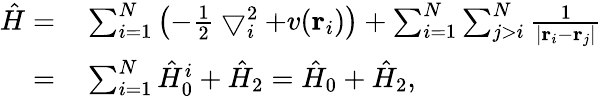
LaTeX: \begin{array}{r}{\begin{array}{rl}{\hat{H}=}&{{}\sum_{i=1}^{N}\left(-\frac{1}{2}\bigtriangledown_{i}^{2}+v(\mathbf{r}_{i})\right)+\sum_{i=1}^{N}\sum_{j>i}^{N}\frac{1}{\left|\mathbf{r}_{i}-\mathbf{r}_{j}\right|}}\\ {=}&{{}\sum_{i=1}^{N}\hat{H}_{0}^{i}+\hat{H}_{2}=\hat{H}_{0}+\hat{H}_{2},}\end{array}}\end{array}